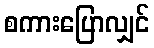
စကားပြောလျှင်